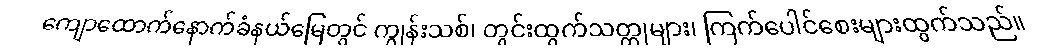
ကျောထောက်နောက်ခံနယ်မြေတွင် ကျွန်းသစ်၊ တွင်းထွက်သတ္တုများ၊ ကြက်ပေါင်စေးများထွက်သည်။